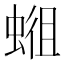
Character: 𱿭